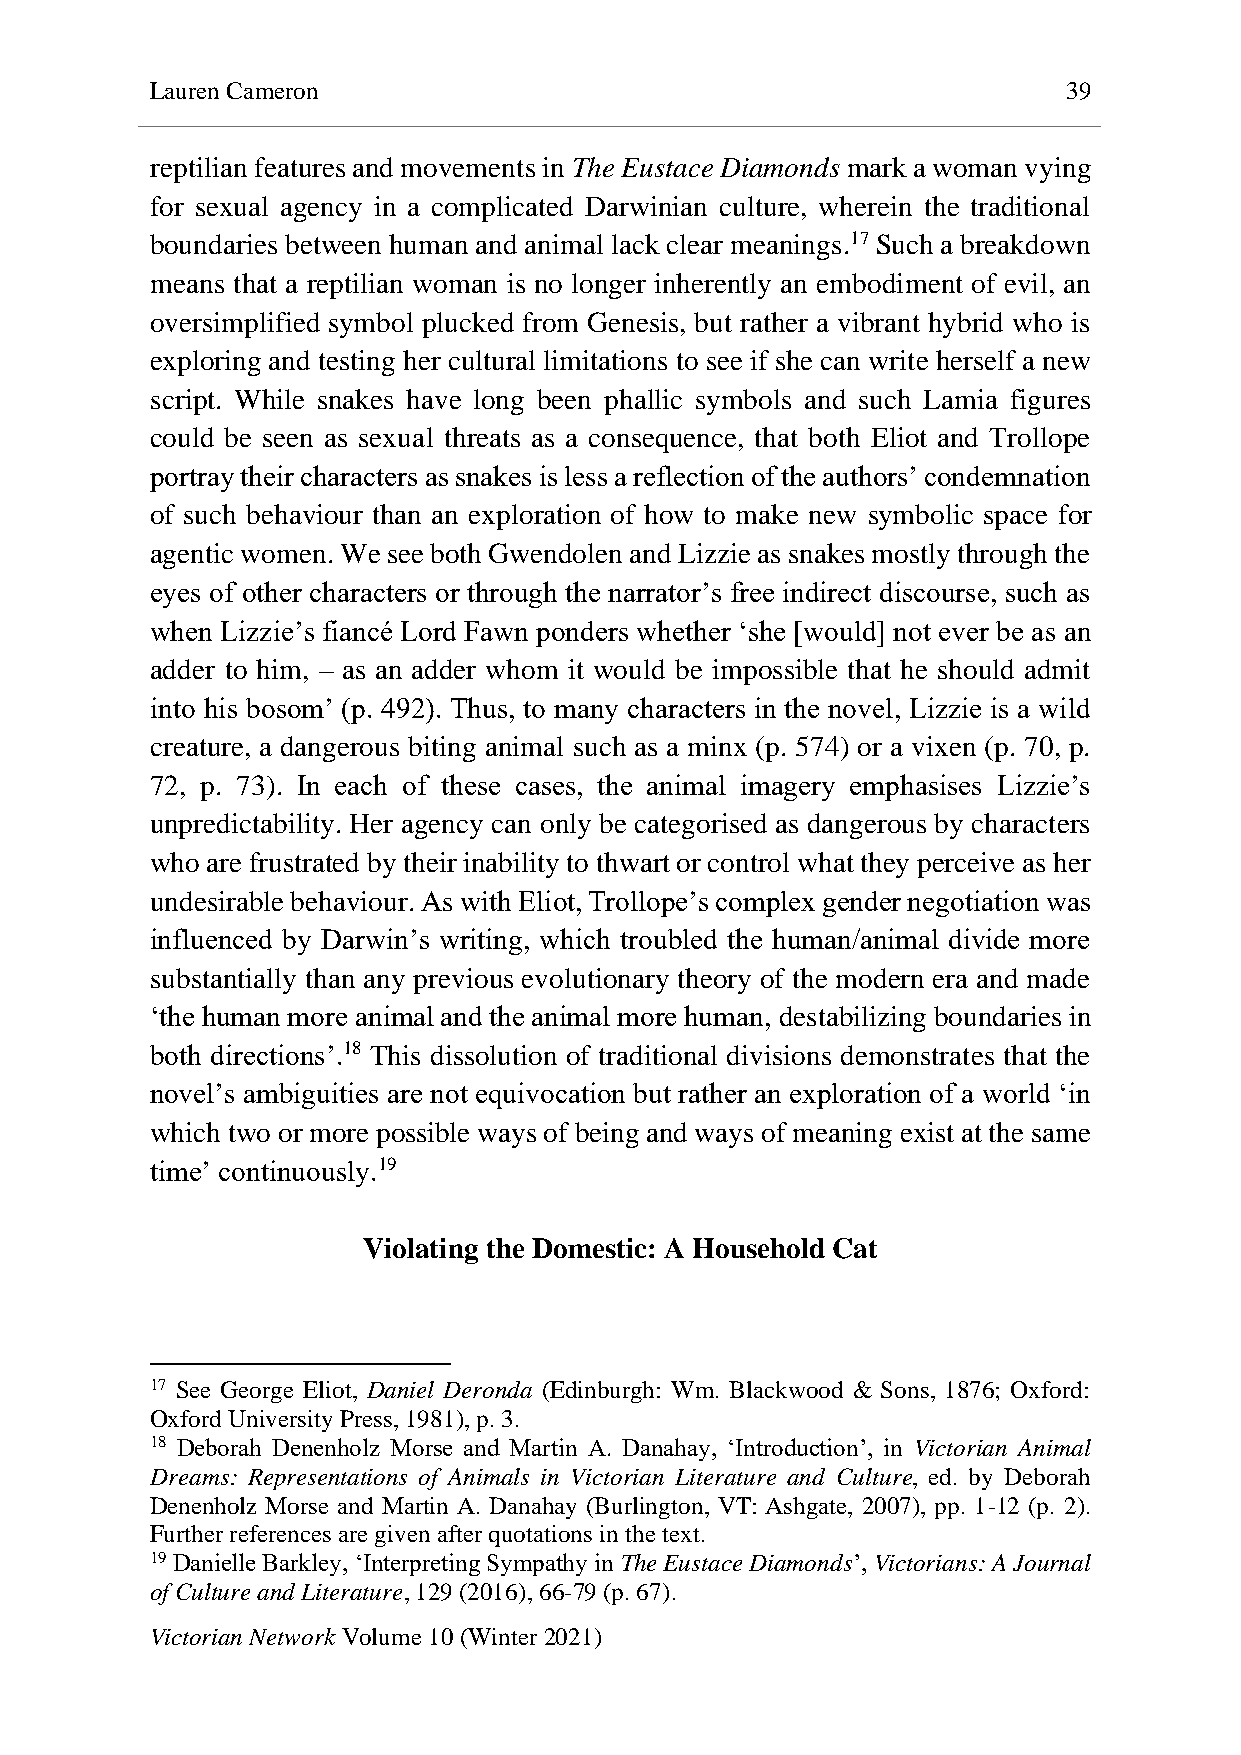
Lauren Cameron                                               39
 reptilian features and movements in The Eustace Diamonds mark a woman vying
 for sexual agency in a complicated Darwinian culture, wherein the traditional
 boundaries between human and animal lack clear meanings.17 Such a breakdown
 means that a reptilian woman is no longer inherently an embodiment of evil, an
 oversimplified symbol plucked from Genesis, but rather a vibrant hybrid who is
 exploring and testing her cultural limitations to see if she can write herself a new
 script. While snakes have long been phallic symbols and such Lamia figures
 could be seen as sexual threats as a consequence, that both Eliot and Trollope
 portray their characters as snakes is less a reflection of the authors’ condemnation
 of such behaviour than an exploration of how to make new symbolic space for
 agentic women. We see both Gwendolen and Lizzie as snakes mostly through the
 eyes of other characters or through the narrator’s free indirect discourse, such as
 when Lizzie’s fiancé Lord Fawn ponders whether ‘she [would] not ever be as an
 adder to him, – as an adder whom it would be impossible that he should admit
 into his bosom’ (p. 492). Thus, to many characters in the novel, Lizzie is a wild
 creature, a dangerous biting animal such as a minx (p. 574) or a vixen (p. 70, p.
 72, p. 73). In each of these cases, the animal imagery emphasises Lizzie’s
 unpredictability. Her agency can only be categorised as dangerous by characters
 who are frustrated by their inability to thwart or control what they perceive as her
 undesirable behaviour. As with Eliot, Trollope’s complex gender negotiation was
 influenced by Darwin’s writing, which troubled the human/animal divide more
 substantially than any previous evolutionary theory of the modern era and made
 ‘the human more animal and the animal more human, destabilizing boundaries in
 both directions’.18 This dissolution of traditional divisions demonstrates that the
 novel’s ambiguities are not equivocation but rather an exploration of a world ‘in
 which two or more possible ways of being and ways of meaning exist at the same
 time’ continuously.19
 Violating the Domestic: A Household Cat
 17 See George Eliot, Daniel Deronda (Edinburgh: Wm. Blackwood & Sons, 1876; Oxford:
 Oxford University Press, 1981), p. 3.
 18 Deborah Denenholz Morse and Martin A. Danahay, ‘Introduction’, in Victorian Animal
 Dreams: Representations of Animals in Victorian Literature and Culture, ed. by Deborah
 Denenholz Morse and Martin A. Danahay (Burlington, VT: Ashgate, 2007), pp. 1-12 (p. 2).
 Further references are given after quotations in the text.
 19 Danielle Barkley, ‘Interpreting Sympathy in The Eustace Diamonds’, Victorians: A Journal
 of Culture and Literature, 129 (2016), 66-79 (p. 67).
 Victorian Network Volume 10 (Winter 2021)